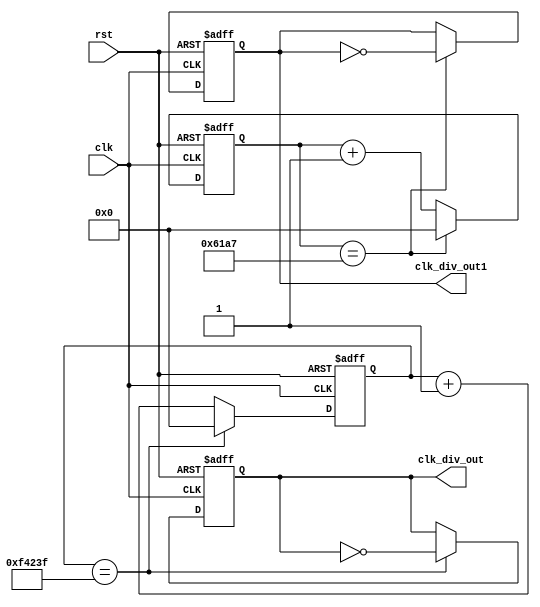
`define CNT_MAX 1000000
`define CNT_MAX1 25000

module my_key_fre_div(
	input clk,
	input rst,
	output reg clk_div_out,
	output reg clk_div_out1
);

reg [31:0] div_cnt;

always @ (posedge clk,posedge rst) begin
	if (rst) begin
	  	div_cnt <= 0;
		clk_div_out <= 0;
	end
	else if (div_cnt == `CNT_MAX-1) begin
		clk_div_out <= ~clk_div_out; //clk = 25MH, 25Hz
		div_cnt <= 0;
	end
	else
		div_cnt <= div_cnt + 1'b1;
end

reg [31:0] div_cnt1;
always @ (posedge clk,posedge rst) begin
	if (rst) begin
	  	div_cnt1 <= 0;
		clk_div_out1 <= 0;
	end
	else if (div_cnt1 == `CNT_MAX1-1) begin
		clk_div_out1 <= ~clk_div_out1;
		div_cnt1 <= 0;
	end
	else
		div_cnt1 <= div_cnt1 + 1'b1;
end


endmodule